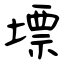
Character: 墂